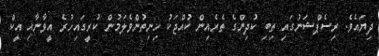
ދިޔައެވެ. ރިސެޕްޝަނުގައި ތިބި ކުދިންގެ ތެރެއިން ކުއްޖަކު ހިނިތުންވެލަމުން ކުރީގައިހުރެ އީވާނާއި އީކް